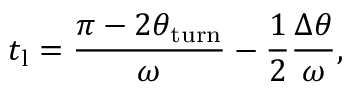
t _ { \mathrm { l } } = \frac { \pi - 2 \theta _ { \mathrm { t u r n } } } { \omega } - \frac { 1 } { 2 } \frac { \Delta \theta } { \omega } ,